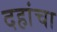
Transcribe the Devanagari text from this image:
दहांचा